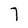
Character: 7